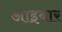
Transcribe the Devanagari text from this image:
आइबार